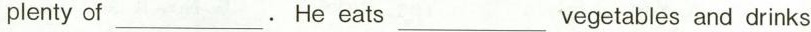
plenty of ___. He eats ___ vegetables and drinks